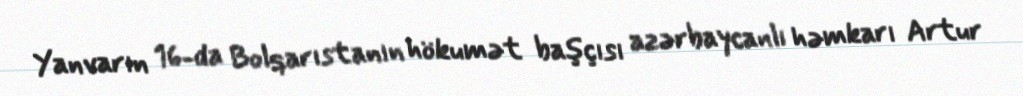
Yanvarın 16-da Bolqarıstanın hökumət başçısı azərbaycanlı həmkarı Artur